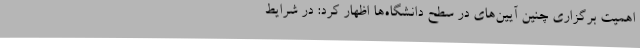
اهمیت برگزاری چنین آیین‌های در سطح دانشگاه‌ها اظهار کرد: در شرایط